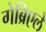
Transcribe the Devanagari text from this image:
गेब्रिएले